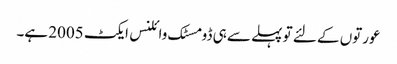
عورتوں کے لئے تو پہلے سے ہی ڈومسٹک وائلنس ایکٹ 2005 ہے۔